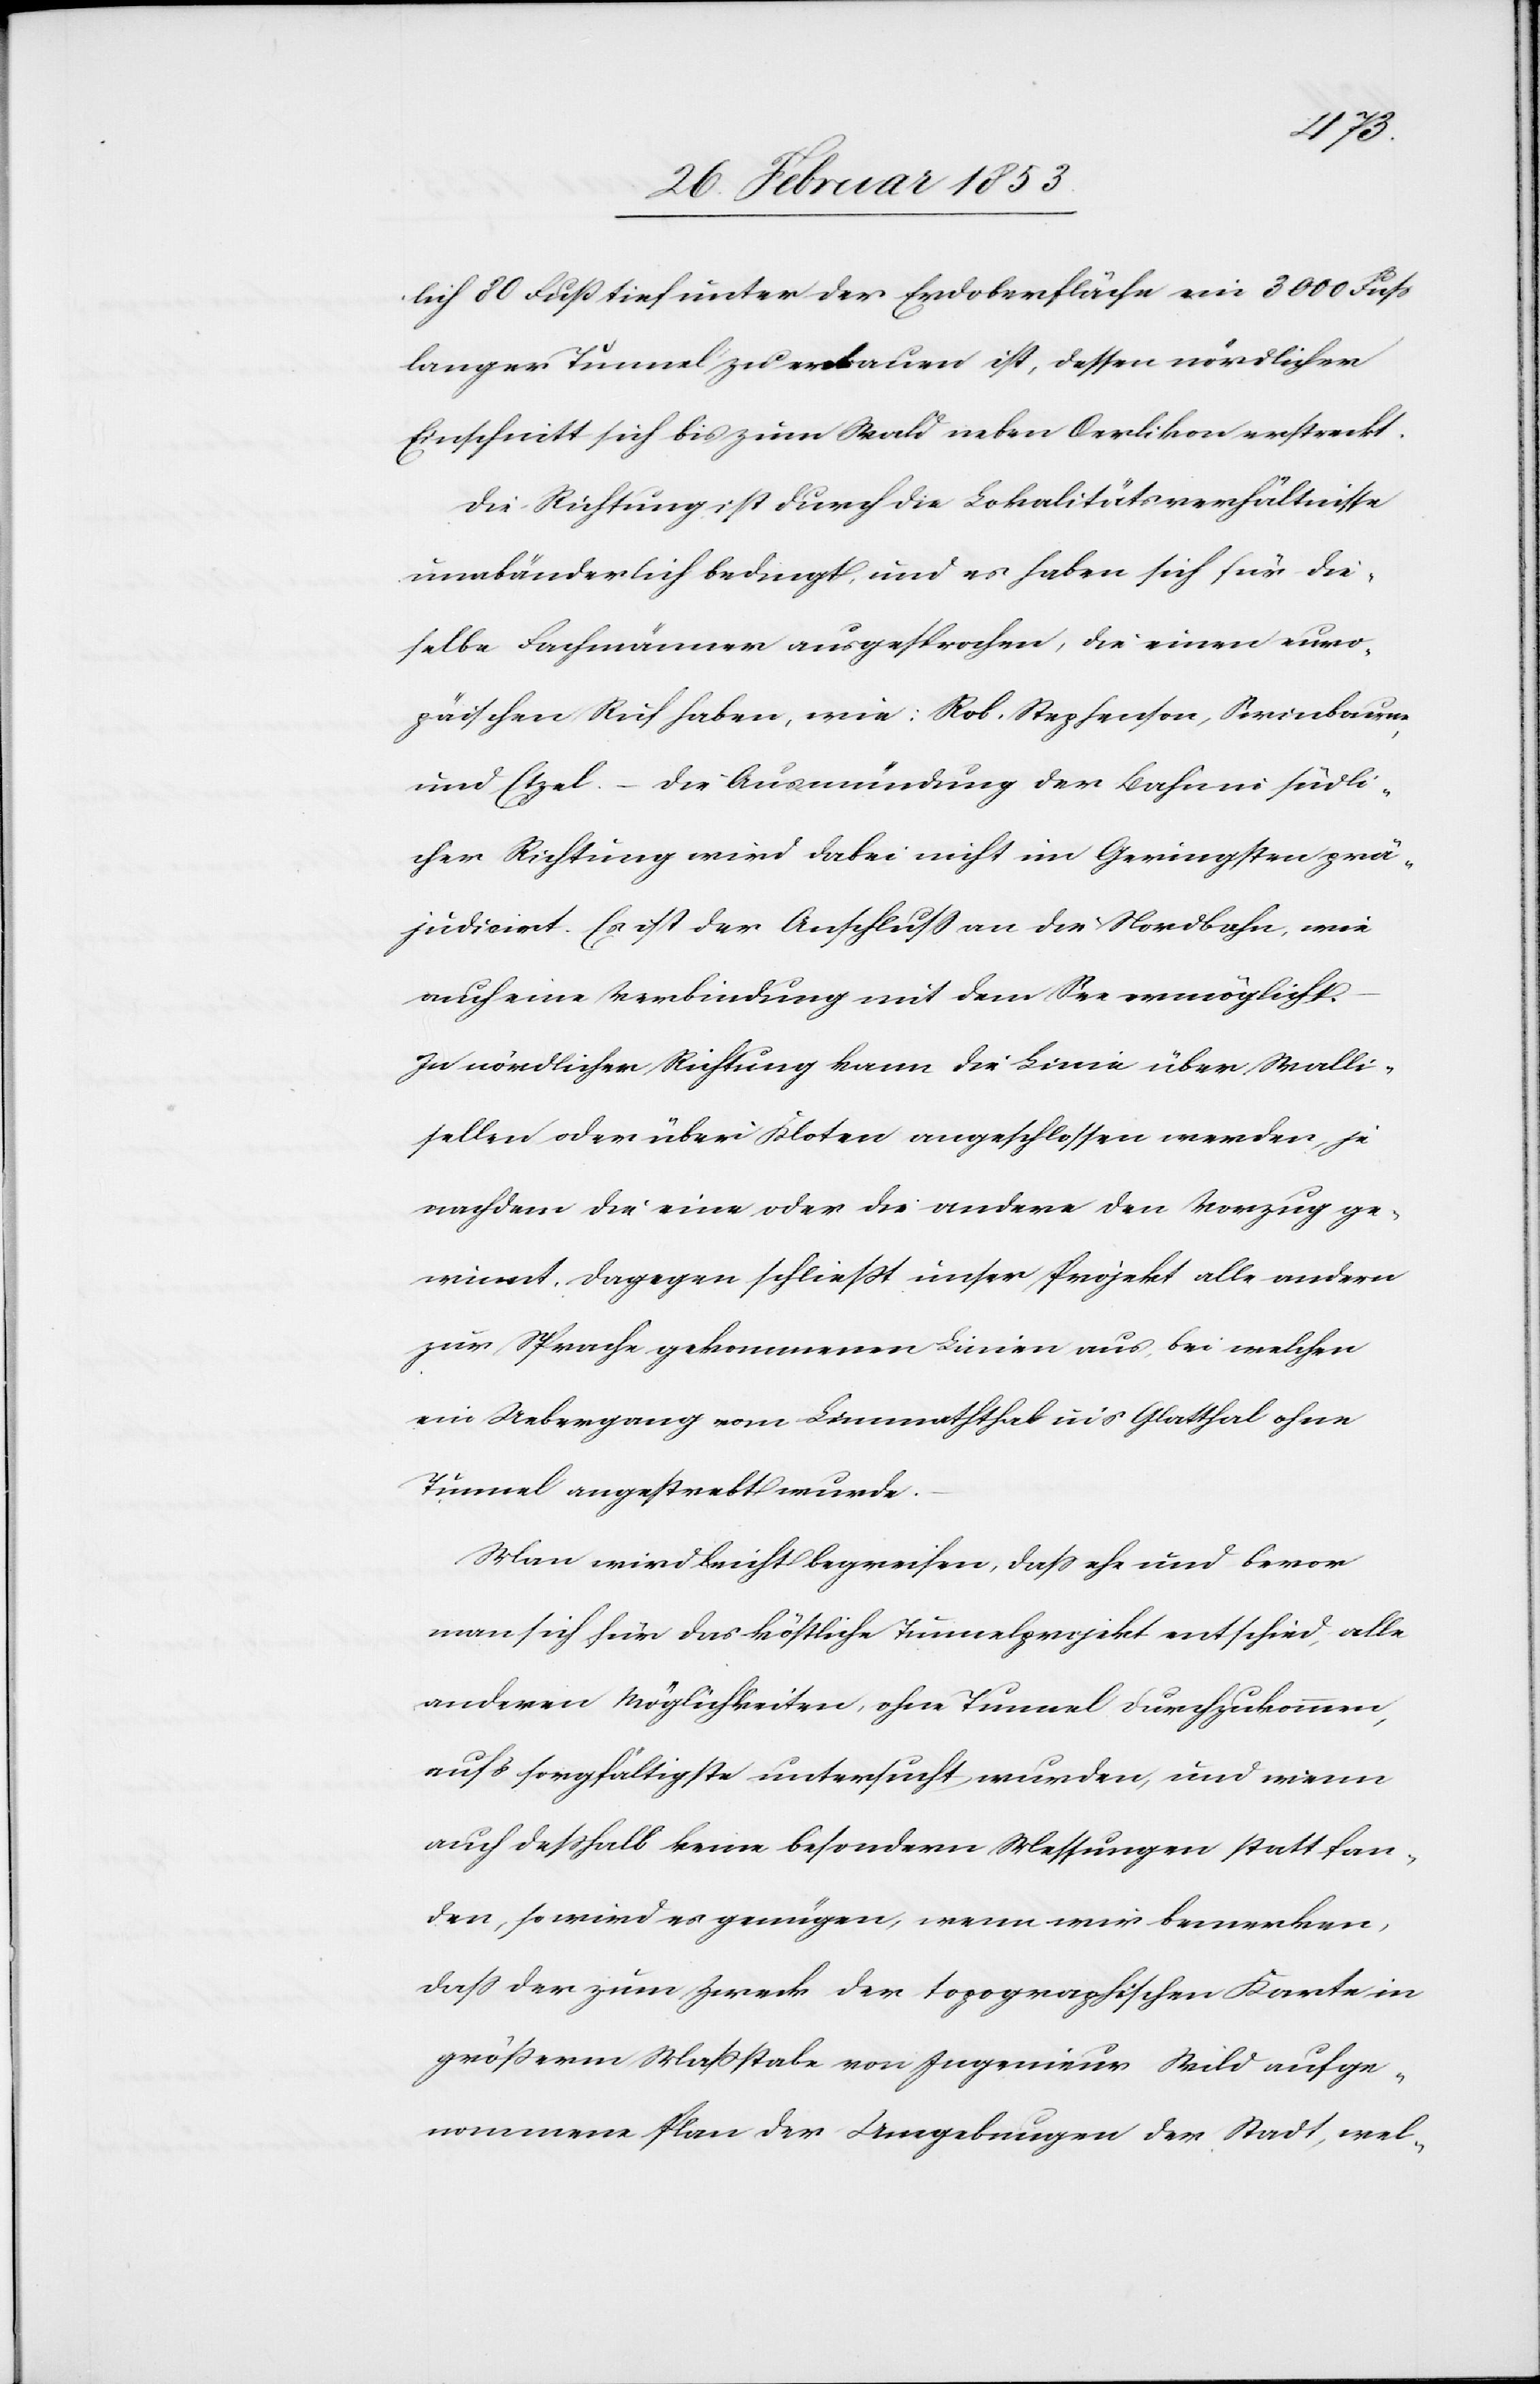
fan¬
lich 80 Fuß tief unter der Eroberfläche ein 3000 Fuß
langer Tunnel zu erbauen ist, dessen nördlicher
Einschnitt sich bis zum Wald neben Oerlikon erstreckt.
Die Richtung ist durch die Lokalitätsverhältnisse
unabänderlich bedingt, und es haben sich für die¬
selbe Fachmänner ausgesprochen, die einen euro¬
päischen Ruf haben, wie: Rob. Stepfenson, Sorinbaum
und Etzel. – Die Ausmündung der Bahn in südli¬
cher Richtung wird dabei nicht im Geringsten prä¬
judisirt. Es ist der Anschluß an die Nordbahn, wie
auch eine Verbindung mit dem See ermöglicht.
In nördlicher Richtung kann die Linie über Walli¬
sellen oder über Kloten angeschlossen werden, je
nachdem die eine oder die andere den Vorzug ge¬
winnt. Dagegen schließt unser Projekt alle andern
zur Sprache gekommenen Linien aus, bei welchen
ein Uebergang vom Limmatthal in’s Glatthal ohne
Tunnel angestrebt wurde.
Man wird leicht begreifen, daß ehe und bevor
man sich für das köstliche Tunnelprojekt entschied, alle
andern Möglichkeiten, ohne Tunnel durchzukommen,
aufs sorgfältigste untersucht, und wenn auch
den, so wird es genügen, wenn wir bemerken,
daß der zum Zweck der topographischen Karte in
größerm Maßstabe von Ingenieur Wald aufge¬
nommene Plan der Umgebungen der Stadt, wel-